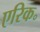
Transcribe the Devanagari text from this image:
एरिक॰